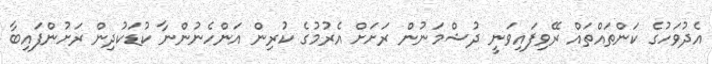
އެދުވަހުގެ ކަންތައްތައް ރޭވިފައިވަނީ ދުޝްމަނުން ރަށަށް އެރުމުގެ ކުރިން އަންހެނުންނާ ކުޑަކުދިން ރަށުންފައިބާ